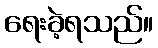
ရေးခဲ့ရသည်။